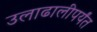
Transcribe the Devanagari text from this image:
उलाढालीपर्यंत